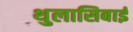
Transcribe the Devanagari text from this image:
थुलासिबाई